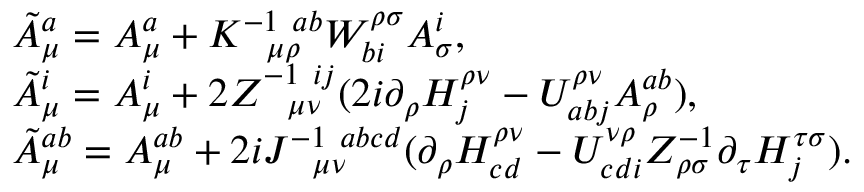
\begin{array} { l l } { { } } & { { \tilde { A } _ { \mu } ^ { a } = A _ { \mu } ^ { a } + K _ { ~ ~ \mu \rho } ^ { - 1 \ a b } W _ { b i } ^ { \rho \sigma } A _ { \sigma } ^ { i } , } } \\ { { } } & { { \tilde { A } _ { \mu } ^ { i } = A _ { \mu } ^ { i } + 2 Z _ { ~ ~ \mu \nu } ^ { - 1 \ i j } ( 2 i \partial _ { \rho } { \cal H } _ { j } ^ { \rho \nu } - U _ { a b j } ^ { \rho \nu } A _ { \rho } ^ { a b } ) , } } \\ { { } } & { { \tilde { A } _ { \mu } ^ { a b } = A _ { \mu } ^ { a b } + 2 i J _ { ~ ~ \mu \nu } ^ { - 1 \ a b c d } ( \partial _ { \rho } { \cal H } _ { c d } ^ { \rho \nu } - U _ { c d i } ^ { \nu \rho } Z _ { \rho \sigma } ^ { - 1 \ij } \partial _ { \tau } { \cal H } _ { j } ^ { \tau \sigma } ) . } } \end{array}